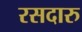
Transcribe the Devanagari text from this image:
रसदारु